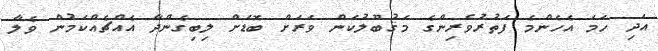
އަދި ހަމަ އެހެންމެ ފަތުރުވެރިންގެ މަޤުބޫލުކަން ވަރަށް ބޮޑަށް ލިބިގެންދާ އެއްޗެއްކަމުން ވެލާ